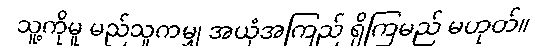
သူ့ကိုမူ မည်သူကမျှ အယုံအကြည် ရှိကြမည် မဟုတ်။